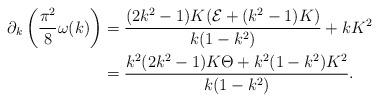
LaTeX: \begin{align*}\begin{aligned} \partial_{k} \left(\frac{\pi^2}{8} \omega(k)\right) &= \frac{ (2k^2 - 1) K (\mathcal{E} + (k^2 - 1) K)}{k(1 - k^2)} + kK^2 \\ &= \frac{k^2(2k^2 - 1) K \Theta + k^2(1 - k^2) K^2}{k(1 - k^2)}. \end{aligned}\end{align*}